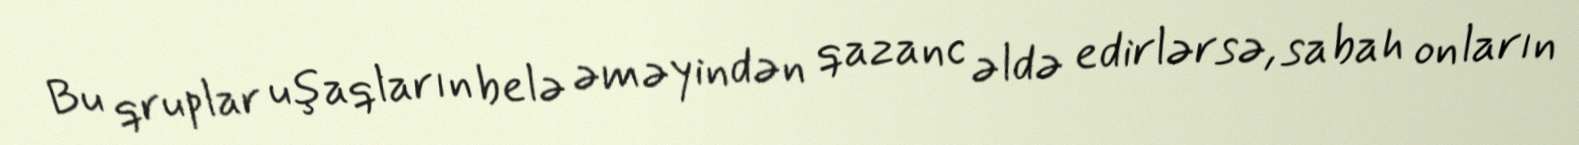
Bu qruplar uşaqların belə əməyindən qazanc əldə edirlərsə, sabah onların